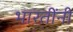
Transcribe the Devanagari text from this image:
भारतींनी